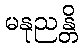
မနုညန္တိ